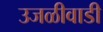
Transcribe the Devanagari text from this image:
उजळीवाडी